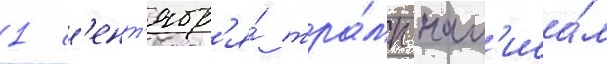
1 с'ент'ябр'я́ тра́мп нап'иса́л